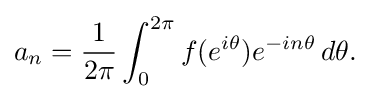
\displaystyle {a_{n}={1 \over 2\pi }\int _{0}^{2\pi }f(e^{i\theta })e^{-in\theta }\,d\theta .}